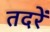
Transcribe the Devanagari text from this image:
तदरें